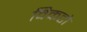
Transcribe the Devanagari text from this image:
विकटो